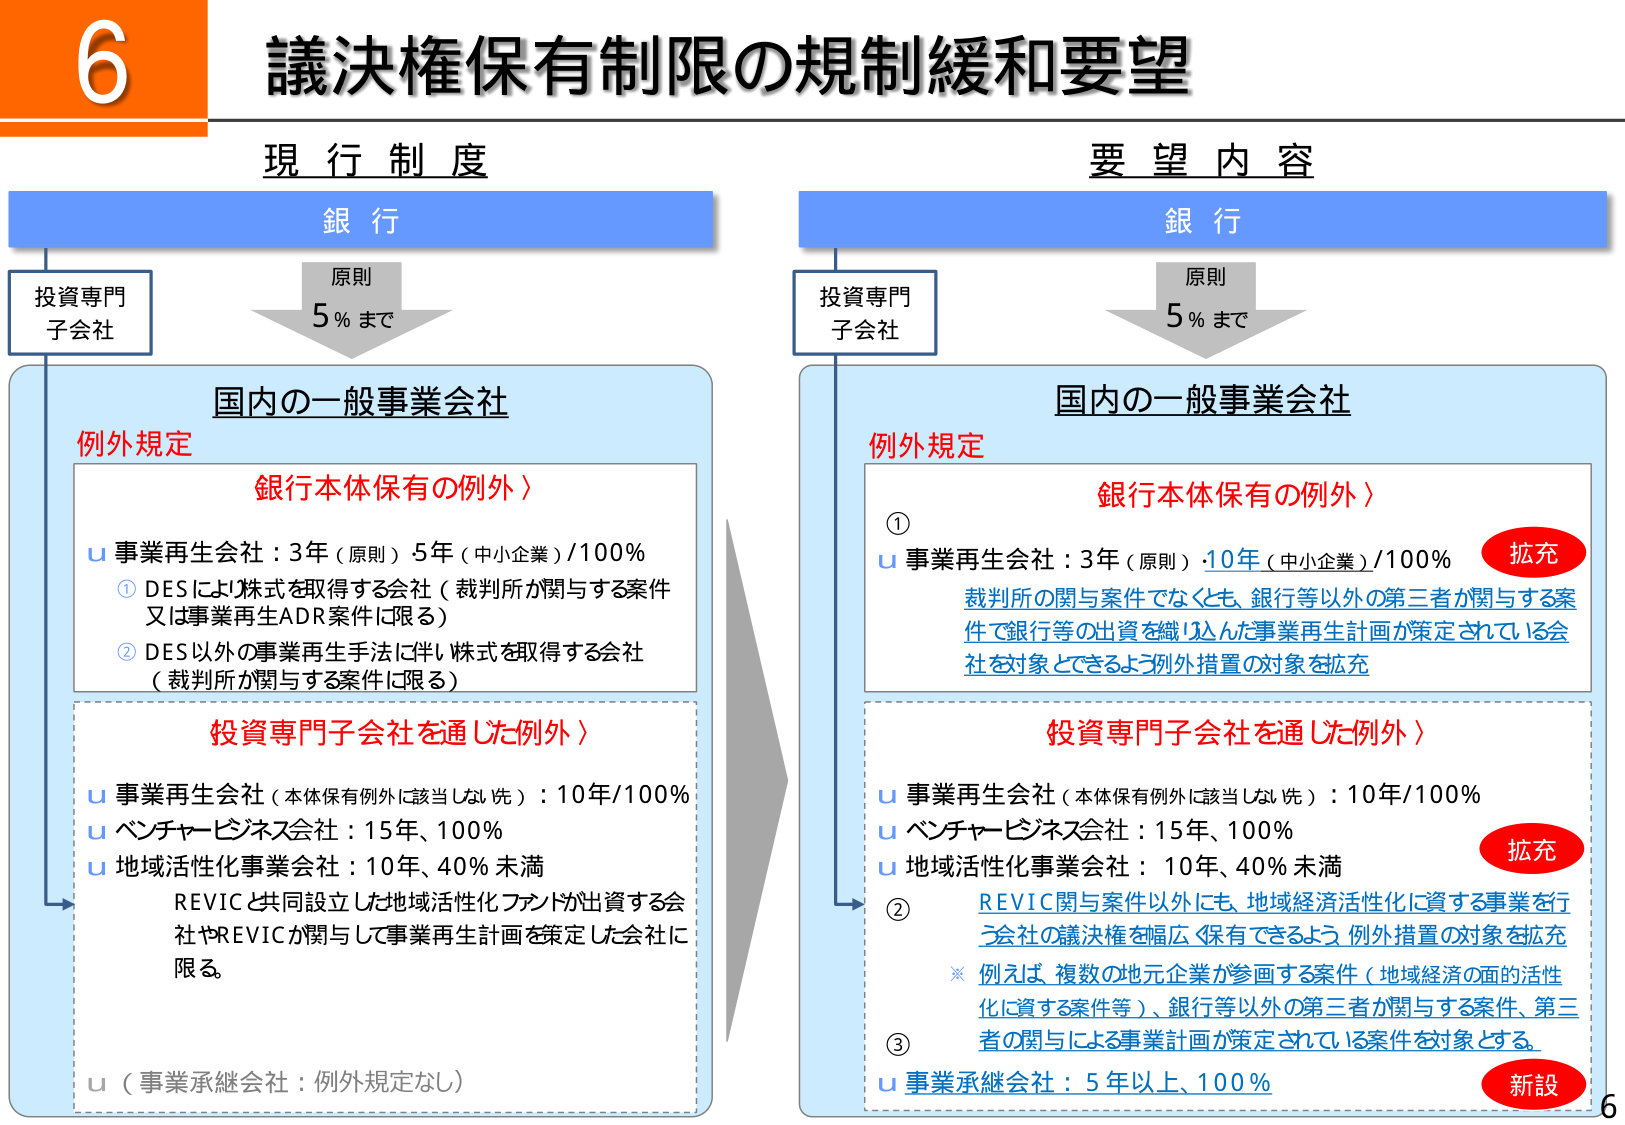
6
議決権保有制限の規制緩和要望

現行制度
銀行
原則
5％まで
投資専門
子会社
国内の一般事業会社
例外規定
銀行本体保有の例外〉
u 事業再生会社：3年（原則）5年（中小企業）/100％
① DESにより株式を取得する会社（裁判所が関与する案件
又は事業再生ADR案件に限る）
② DES以外の事業再生手法に伴い株式を取得する会社
（裁判所が関与する案件に限る）
投資専門子会社を通じた例外〉
u 事業再生会社（本体保有例外に該当しない先）：10年/100％
u ベンチャービジネス会社：15年、100％
u 地域活性化事業会社：10年、40％未満
REVICと共同設立した地域活性化ファンドが出資する会
社やREVICが関与して事業再生計画を策定した会社に
限る。
u （事業承継会社：例外規定なし）

要望内容
銀行
原則
5％まで
投資専門
子会社
国内の一般事業会社
例外規定
銀行本体保有の例外〉
①
u 事業再生会社：3年（原則）・10年（中小企業）/100％
拡充
裁判所の関与案件でなくとも、銀行等以外の第三者が関与する案
件で銀行等の出資を織り込んだ事業再生計画が策定されている会
社を対象とするよう例外措置の対象を拡充
投資専門子会社を通じた例外〉
u 事業再生会社（本体保有例外に該当しない先）：10年/100％
u ベンチャービジネス会社：15年、100％
u 地域活性化事業会社：10年、40％未満
拡充
② REVIC関与案件以外にも、地域経済活性化に資する事業を行
う会社の議決権を幅広く保有できるよう例外措置の対象を拡充
※ 例えば、複数の地元企業が参画する案件（地域経済の面の活性
化に資する案件等）、銀行等以外の第三者が関与する案件、第三
者の関与による事業計画が策定されている案件を対象とする。
③
u 事業承継会社：5年以上、100％
新設
6